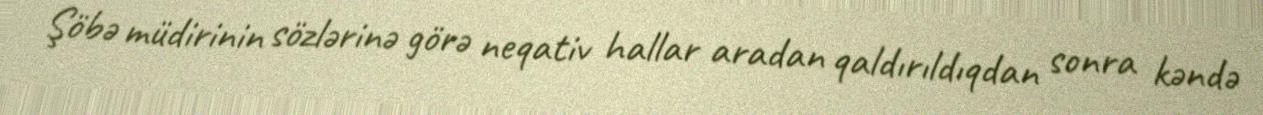
Şöbə müdirinin sözlərinə görə neqativ hallar aradan qaldırıldıqdan sonra kəndə